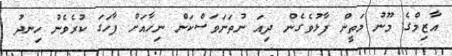
އާޒިމްގެ މޫނު މަތީން ފާޅުވެގެން ދިއަ ނުތަނަވަސްކަން ނިހާއަށް ފާހަގަ ކުރެވެނު ހިނދު